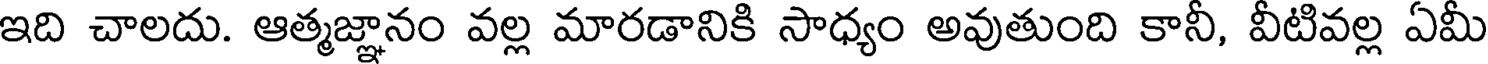
ఇది చాలదు. ఆత్మజ్ఞానం వల్ల మారడానికి సాధ్యం అవుతుంది కానీ, వీటివల్ల ఏమీ